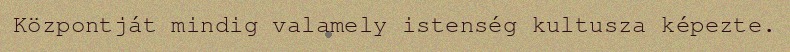
Központját mindig valamely istenség kultusza képezte.